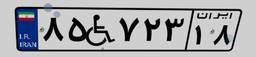
۸۶W۱۹۵۰۴